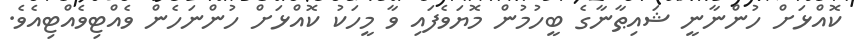
ކޮއްޅަށް ހުންނާނީ ޝައިޠާނާގެ ބީހުމުން މޮޔަވެފައި ވާ މީހަކު ކޮއްޅަށް ހުންނަހެން ވެއްޓިވެއްޓިއެވެ.